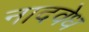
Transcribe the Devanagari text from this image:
नादवेध